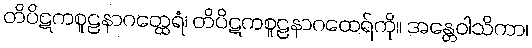
တိပိဋကစူဠနာဂတ္ထေရံ၊ တိပိဋကစူဠနာဂထေရ်ကို။ အန္တေဝါသိကာ၊